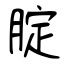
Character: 腚